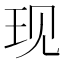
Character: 现